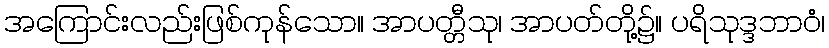
အကြောင်းလည်းဖြစ်ကုန်သော။ အာပတ္တီသု၊ အာပတ်တို့၌။ ပရိသုဒ္ဒဘာဝံ၊